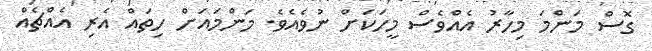
ގޮސް މަންމަ މިހާރު އެއްވެސް މީހަކަށް ނުވެއެވެ. މަންމައަށް ހިތައް އެރި އެއްޗެއް